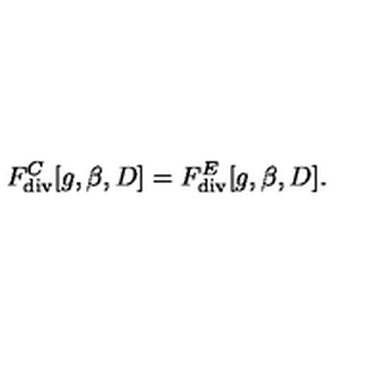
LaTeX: F _ { \mathrm { d i v } } ^ { C } [ g , \beta , D ] = F _ { \mathrm { d i v } } ^ { E } [ g , \beta , D ] .